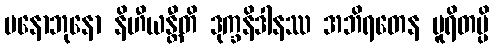
မနောဘုနော နိဟီယန္တီတိ ဒုက္ခနိဒါနဿ အဘိရတေန ပူရိတမ္ပိ